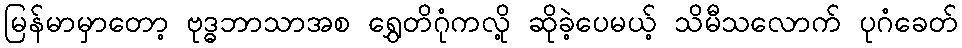
မြန်မာမှာတော့ ဗုဒ္ဓဘာသာအစ ရွှေတိဂုံကလို့ ဆိုခဲ့ပေမယ့် သိမီသလောက် ပုဂံခေတ်